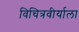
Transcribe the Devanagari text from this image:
विचित्रवीर्याला